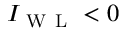
I _ { \mathrm { ~ W ~ L ~ } } < 0